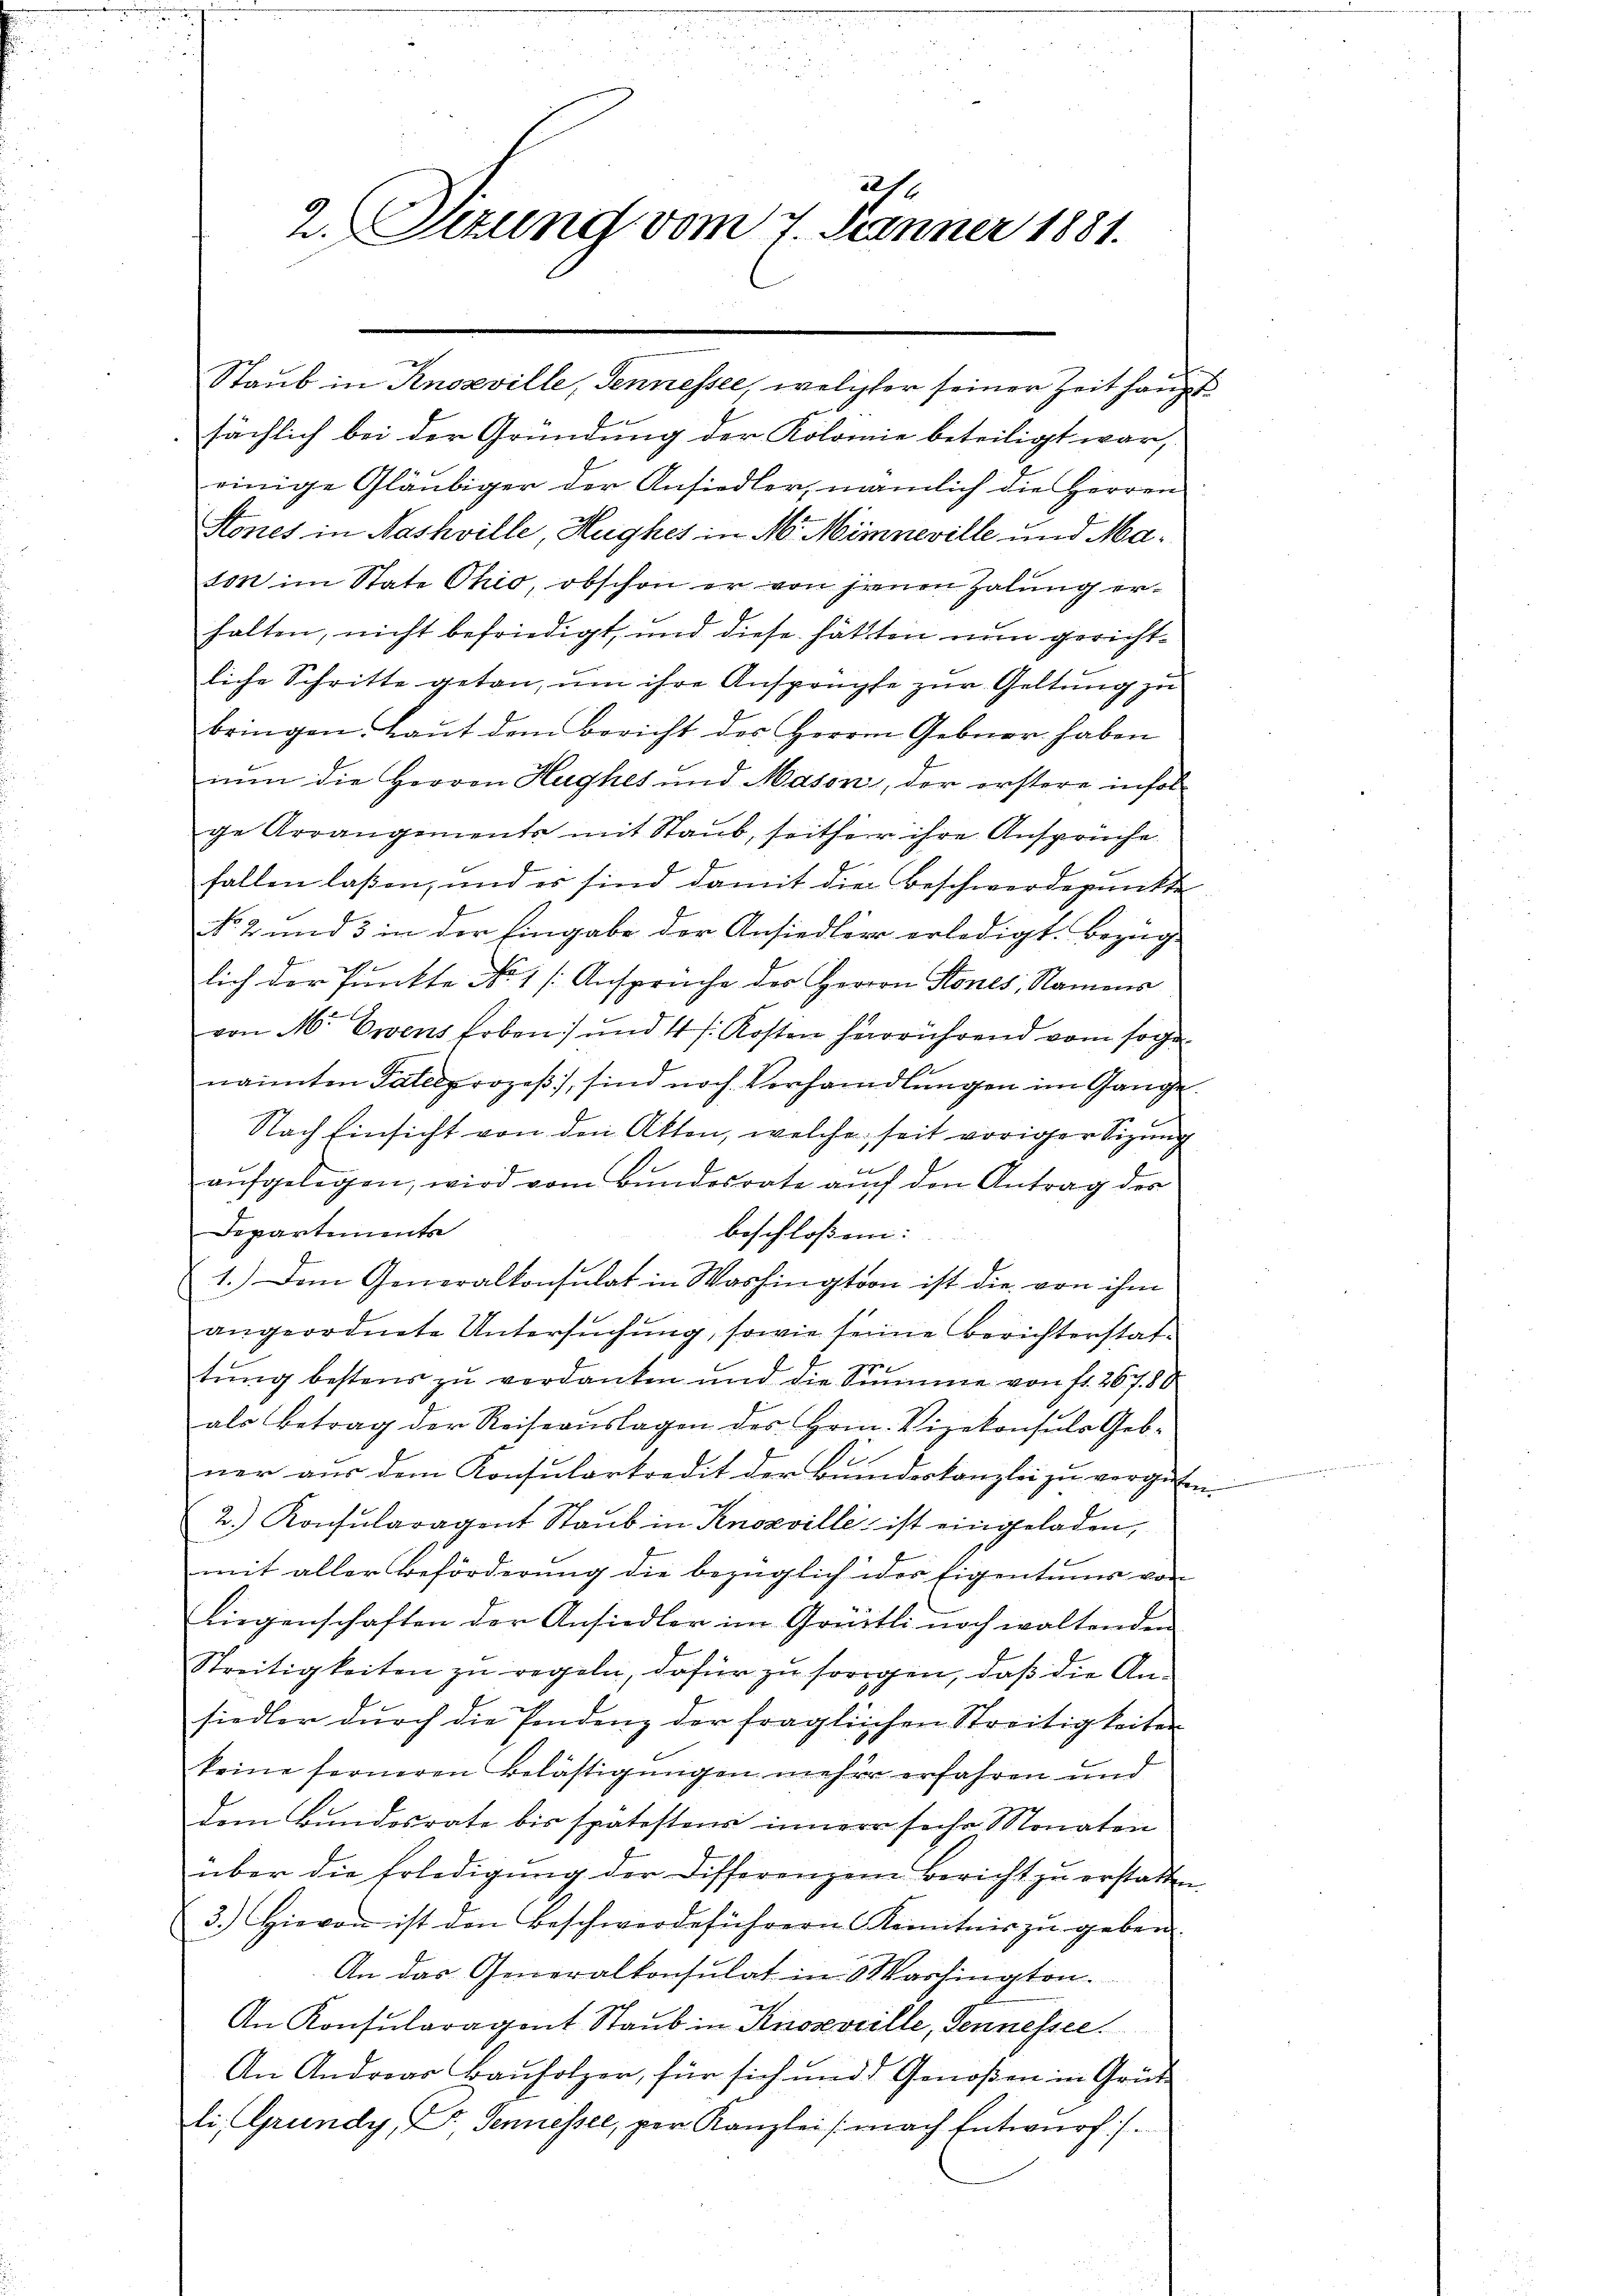
221
2. Sizung vom 7. Jänner 1881.

sächlich bei der Gründung der Kolomie beteiligt war,
einige Gläubiger der Ansiedler, nämlich die Herren
Stones in Nashville Hughes in M. Mimneville und Mason im State Ohio, obschon er von jenen Zalung erhalten, nicht befriedigt, und diese hätten nun gerichtliche Schritte getan, um ihre Ansprüchte zur Geltung zu
bringen. Laut dem Bericht des Herrn Gebrer haben
nun die Herren Haghes und Mason, der erstere infol
ge Arrangements mit Staub, seither ihre Ansprüche
fallen laßen, und es sind damit die Beschwerdepunkte
No. 2 und 3 in der Eingabe der Ansiedlier erledigt. Bezug
lich der Punkte No 1 /: Anspruche der Herrn Stones, Namens
von M. Ewens Erben) und 4 f. Kosten herrührend vom sogenannten Paterprozeß, sind noch Verhandlungen im Gange
Nach Einsicht von den Akten, welche seit voriger Sizung
aŭfgelegen, wird vom Bundesrate auch den Antrag des
Departements
beschloßen:
1.) Dem Generalkonsulat in Washington ist die von ihm
angeordnete Untersuchung, sowie seine Berichterstattung bestens zu verdanken und die Summe von fr. 267. 50
als Betrag der Reiseaŭslagen des Hrn. Vizekonsuls Geb-
ner aus dem Konsularkredit der Bundeskanzlei zu vergüten.
2.) Konsŭlaragent Staŭb in Knozville ist eingeladen,
mit aller Beförderung die bezüglich ides Eigentums von
Liegenschaften der Ansiedler im Grütli noch waltenden
Streitigkeiten zu regeln, dafür zu sorgen, daß die An-
siedler dŭrch die Pendenz der fraglichen Streitigkeiten
keine ferneren Belästigungen mehrer erfahren und
dem Bundesrate bis spätester inner sehr Monaten
über die Erledigung der Differenzen Bericht zu erstatten
3.) Hievon ist den Beschwerdeführern Kenntnis zŭ geben.
An das Generalkonsulat in Washington.
An Konsularagent Staub in Knoseveille, Sennesser.
An Andreas Bauholzer, für sich und Genoßen in Grütz
li, Grundy, Dr. Sennessel, per Kanzlei (nach Entwurf:/.

Staub in Knosville, Sennessee, welcher seiner Zeit haupt